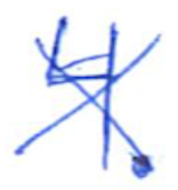
Text: 4.
Cross-out: cross
Writing tool: ballpoint